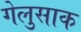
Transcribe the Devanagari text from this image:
गेलुसाक